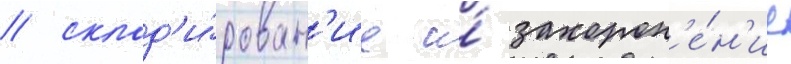
/ склад'и́рован'ие и́ захорон'е́н'ие